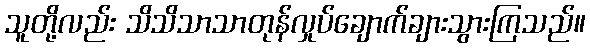
သူတို့လည်း သိသိသာသာတုန်လှုပ်ချောက်ချားသွားကြသည်။